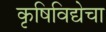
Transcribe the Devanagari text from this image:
कृषिविद्येचा